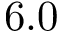
6 . 0